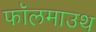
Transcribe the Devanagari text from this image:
फॉलमाउथ